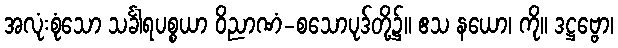
အလုံးစုံသော သင်္ခါရပစ္စယာ ဝိညာဏံ-စသောပုဒ်တို့၌။ ဧသ နယော၊ ကို။ ဒဋ္ဌဗ္ဗော၊